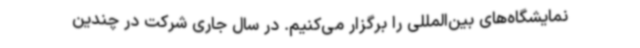
نمایشگاه‌های بین‌المللی را برگزار می‌کنیم. در سال جاری شرکت در چندین